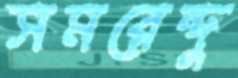
সমরেন্দু